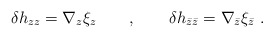
\begin{align*}\delta h_{zz} = \nabla_z \xi_z \qquad ,\qquad \delta h_{\bar z \bar z} = \nabla_{\bar z} \xi_{\bar z} \ .\end{align*}